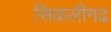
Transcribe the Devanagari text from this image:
सिकलीगढ